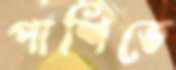
পাশিতে